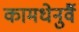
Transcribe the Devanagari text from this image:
कामधेनुर्वै